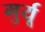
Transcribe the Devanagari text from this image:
मुर्यू